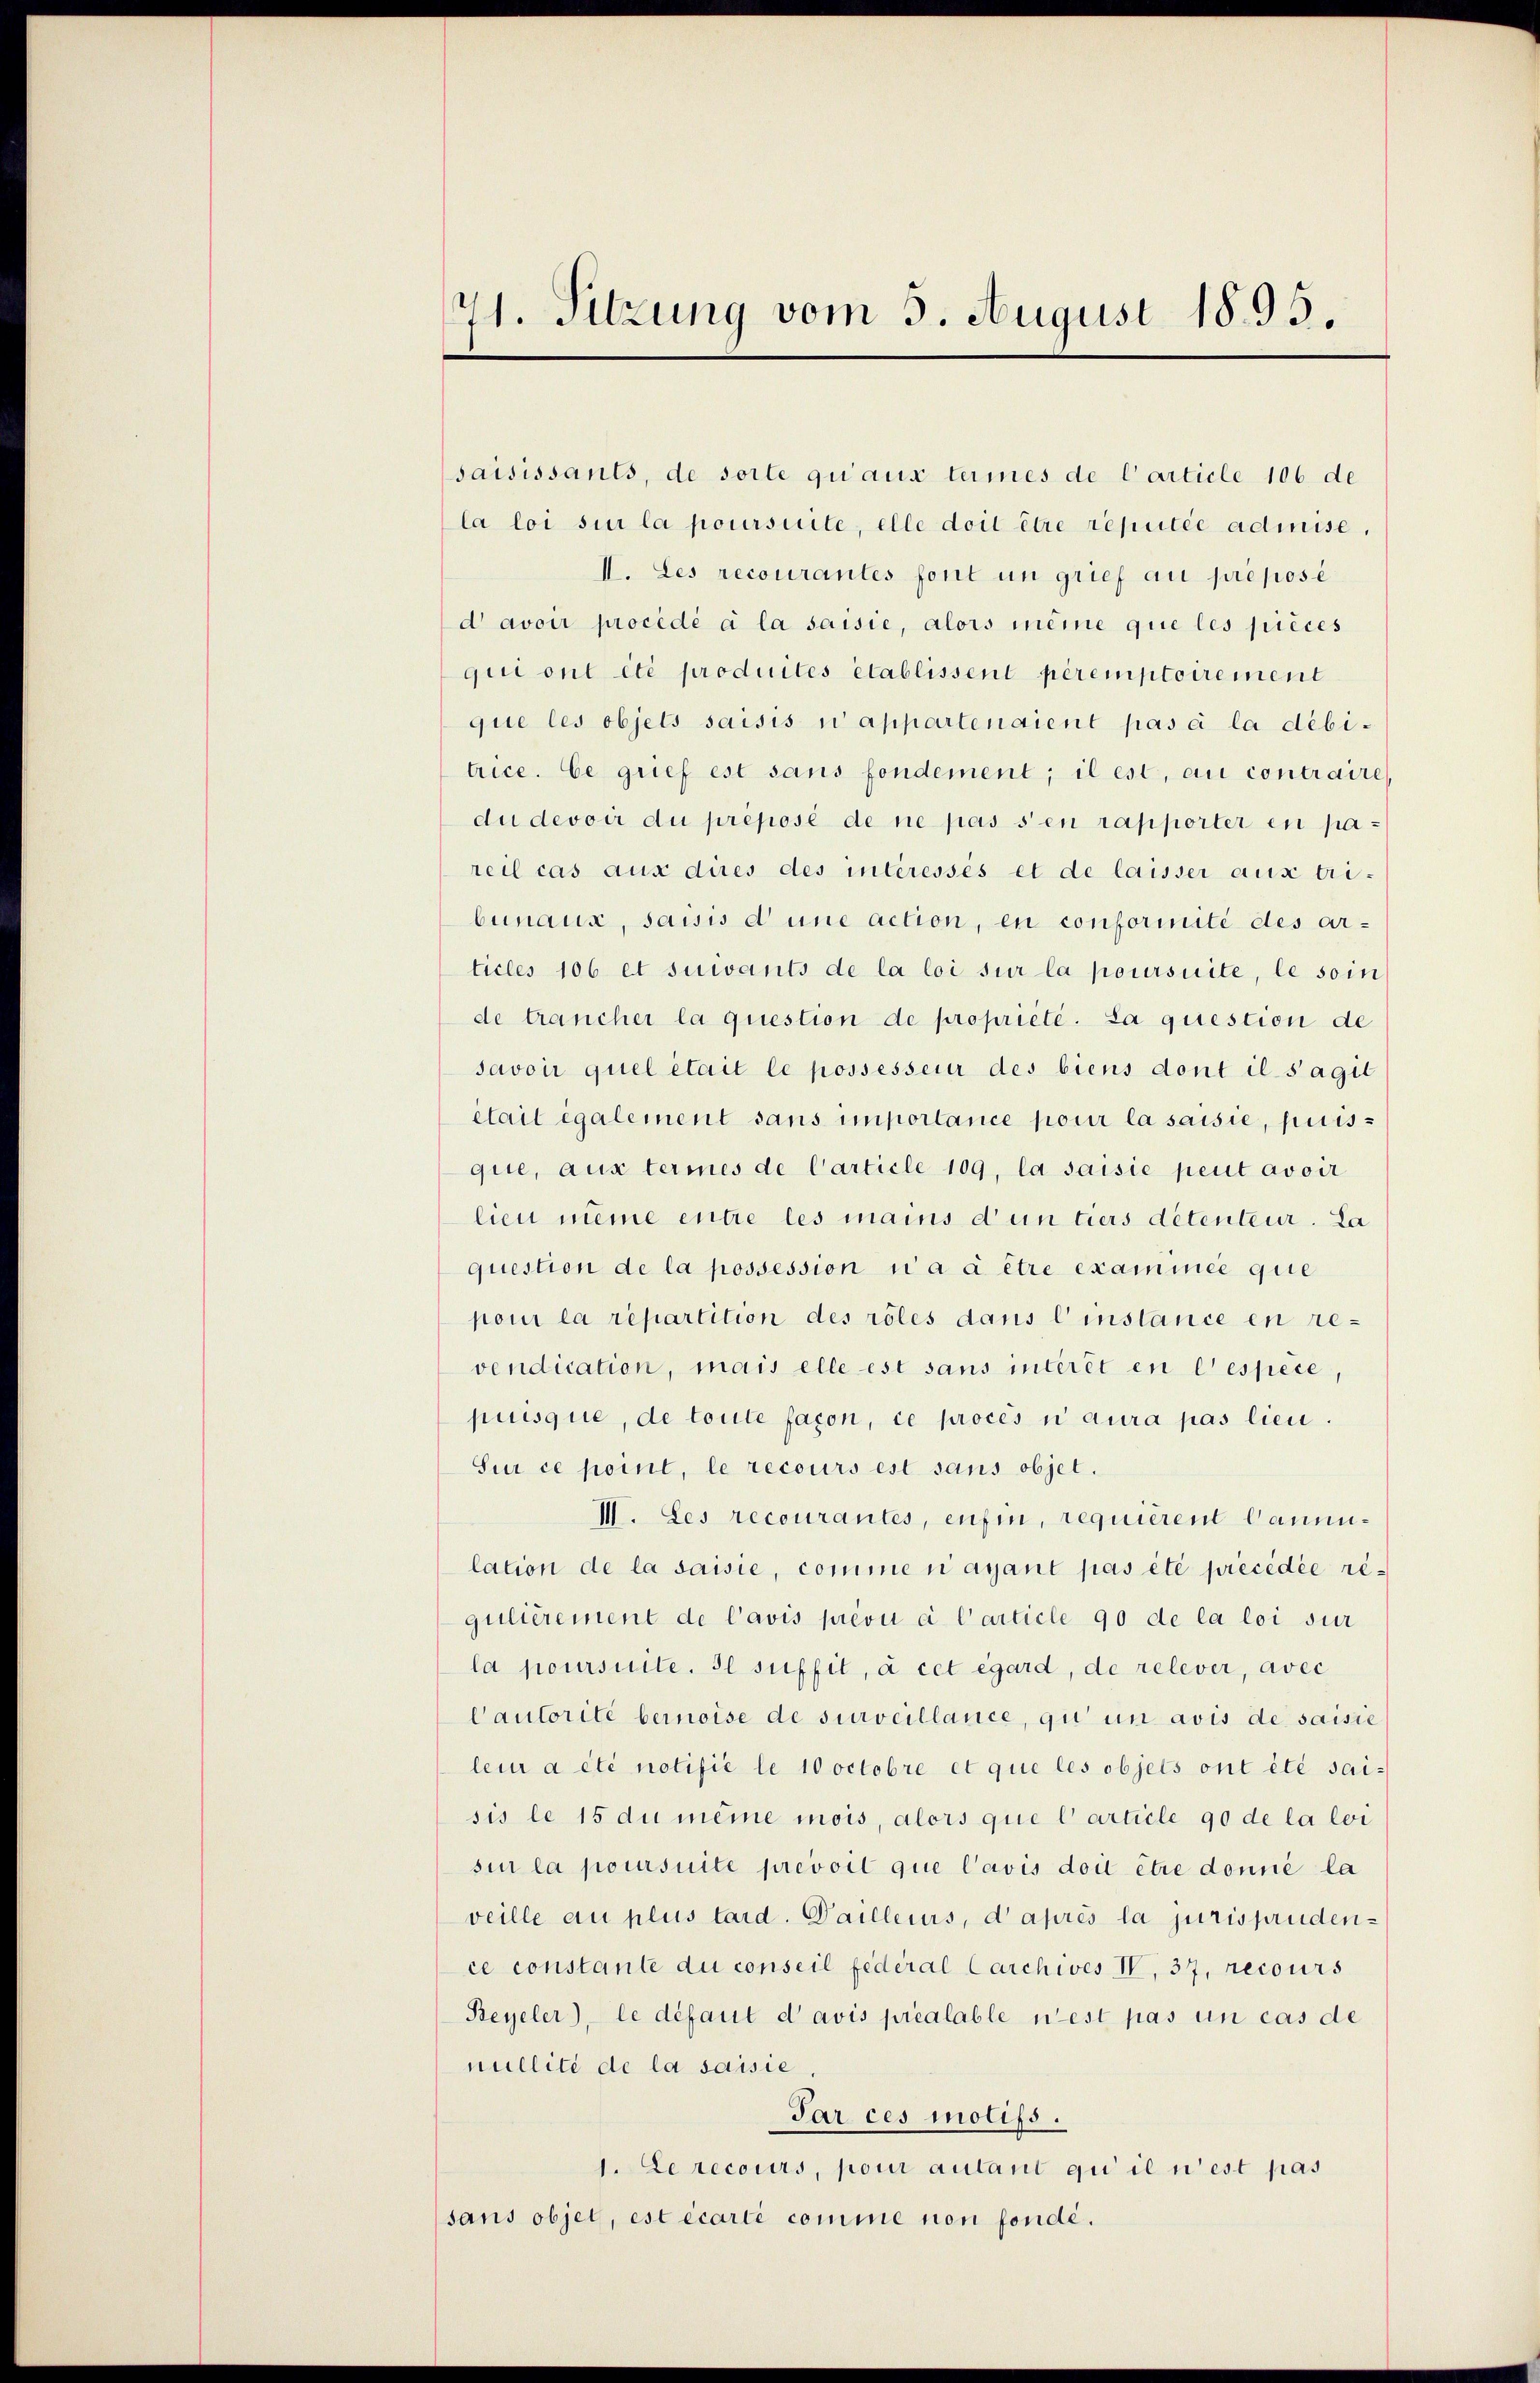
saisissants, de sorte qu’aux termes de l’article 106 de
la loi sur la poursuite, elle doit être réputée admise
II. Les recourantes font in grief au préposé
d avoir procédé à la saisie, alors meine que les pièces
qui ont été produités établissent péremptoirement
que les objets saisis u appartenaient pas à la débi-
trice. Ce grief est sans fondement; il est, au contraire,
du devoir du préposé de ne pas s’en rapporter en pareil cas aus dires des interessés et de laisser aus tri-
bunaux, saisis d une action, en conformnité des articles 106 et suivants de la loi sur la poursuite, le soin
de trancher la question de propriete. La question de
savoir quel était le possesserer des biens dont il s’agil
était également sans importance pour la saisie, puisque, aus termes de Carticle 109, la saisie peut avoir
lien meine entre les mains d’un tiers detenteur. La
question de la possession i a à être examinée que
pour la répartition des röles dans l’instance en revendication, mais elle est sans interet en eespèce,
pusque, de toute façon, ce procès n aura pas lieu.
Sur ce point, le recours est sans objet.
III. Les recourantes, enfin, requierent Cammilation de la saisie, comme n’ayant pas été précédée regulièrement de Cavis prévu à l’article 90 de la loi sur
la poursuite. Il suffit, à cet égard, de relever, avec
Cautorite bemoise de surveillance, qu un avis de saisie
leur a été notifié le 10 octobre et que les objets ont été sai-
sis le 15 du meine mois, alors que l’article 90 de la loi
sin la poursuite prevoit que l’avis doit être donné la
veille au plus tard. Dailleurs, d’après la jurisprudence constante du conseil fédéral Carchives IV 37, recours
Beyeler), le défaut d avis préalable nest pas un cas de
nillité de la saisie
Par ces motifs.
1. Le recours, pour autant qui il n’est pas
sans objet, est écarti comme non fondé.

71. Sitzung vom 5. August 1895.